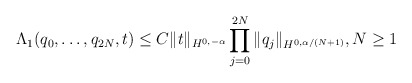
\begin{align*}\Lambda _ 1 ( q_ 0, \dots, q_{ 2N } , t ) \leq C \| t \| _ { H^ { 0, -\alpha} } \prod _ { j =0 } ^ { 2N} \| q _j \| _ { H ^ { 0, \alpha / ( N+1)}}, N \geq 1\end{align*}